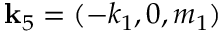
\mathbf { k } _ { 5 } = ( - k _ { 1 } , 0 , m _ { 1 } )